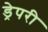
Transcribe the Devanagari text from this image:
ड्रेपरी